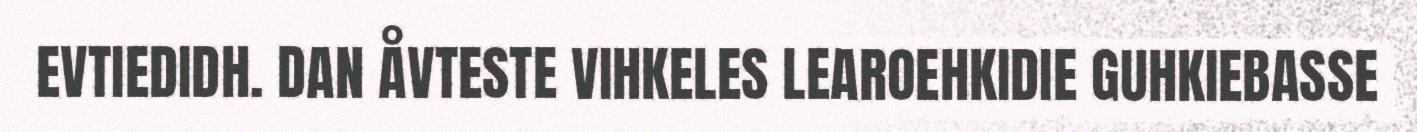
EVTIEDIDH. DAN ÅVTESTE VIHKELES LEAROEHKIDIE GUHKIEBASSE